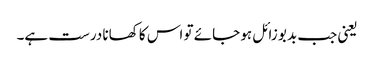
یعنی جب بدبو زائل ہو جائے تو اس کا کھانا درست ہے۔